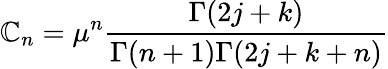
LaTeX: \mathbb{C}_{n}=\mu^{n}\frac{{\Gamma(2j+k)}}{{\Gamma(n+1)\Gamma(2j+k+n)}}